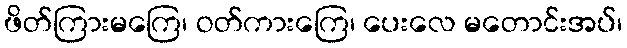
ဖိတ်ကြားမကြေ၊ ဝတ်ကားကြေ၊ ပေးလေ မတောင်းအပ်၊